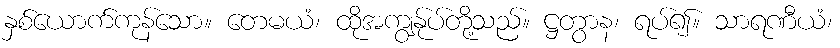
နှစ်ယောက်ကုန်သော။ တေမယံ၊ ထိုအကျွန်ုပ်တို့သည်။ ဋ္ဌတွာန၊ ရပ်၍။ သာရဏီယံ၊